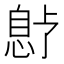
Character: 𫺱